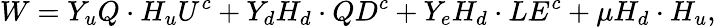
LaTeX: W=Y_{u}Q\cdot H_{u}U^{c}+Y_{d}H_{d}\cdot QD^{c}+Y_{e}H_{d}\cdot LE^{c}+\mu H_{d}\cdot H_{u},